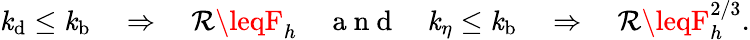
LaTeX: \mathit{k}_{\mathrm{{d}}}\leq\mathit{k}_{\mathrm{{b}}}~~~~\Rightarrow~~~~\mathcal{{R}}\leqF_{h}~~~~\mathrm{{~a~n~d~}}~~~~\mathit{k}_{\eta}\leq\mathit{k}_{\mathrm{{b}}}~~~~\Rightarrow~~~~\mathcal{{R}}\leqF_{h}^{2/3}.